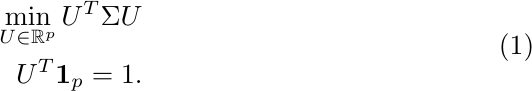
\begin{equation}
\begin{aligned}
& & \min_{U \in \mathbb{R}^{p}}{U^{T}\Sigma U}   \\
& & U^{T}\mathbf{1}_{p} = 1.
\end{aligned}
\end{equation}